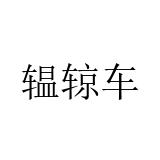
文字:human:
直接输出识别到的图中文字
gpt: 辒辌车